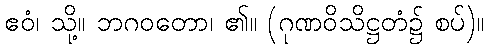
ဧဝံ၊ သို့။ ဘဂဝတော၊ ၏။ (ဂုဏဝိသိဋ္ဌတံ၌ စပ်)။